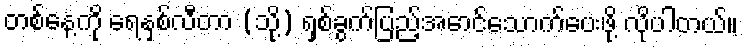
တစ်နေ့ကို ရေနှစ်လီတာ (သို့) ရှစ်ခွက်ပြည့်အောင်သောက်ပေးဖို့ လိုပါတယ်။